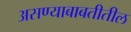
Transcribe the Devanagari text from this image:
असण्याबाबतीतील